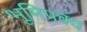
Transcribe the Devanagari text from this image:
भूमिप्रबंध